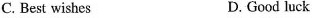
C. Best wishes D. Good luck